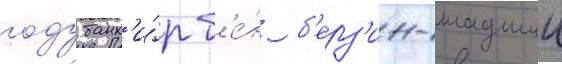
году банк'и́р б'е́н б'ерз'ин-младшии